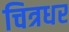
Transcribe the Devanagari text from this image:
चित्रधर